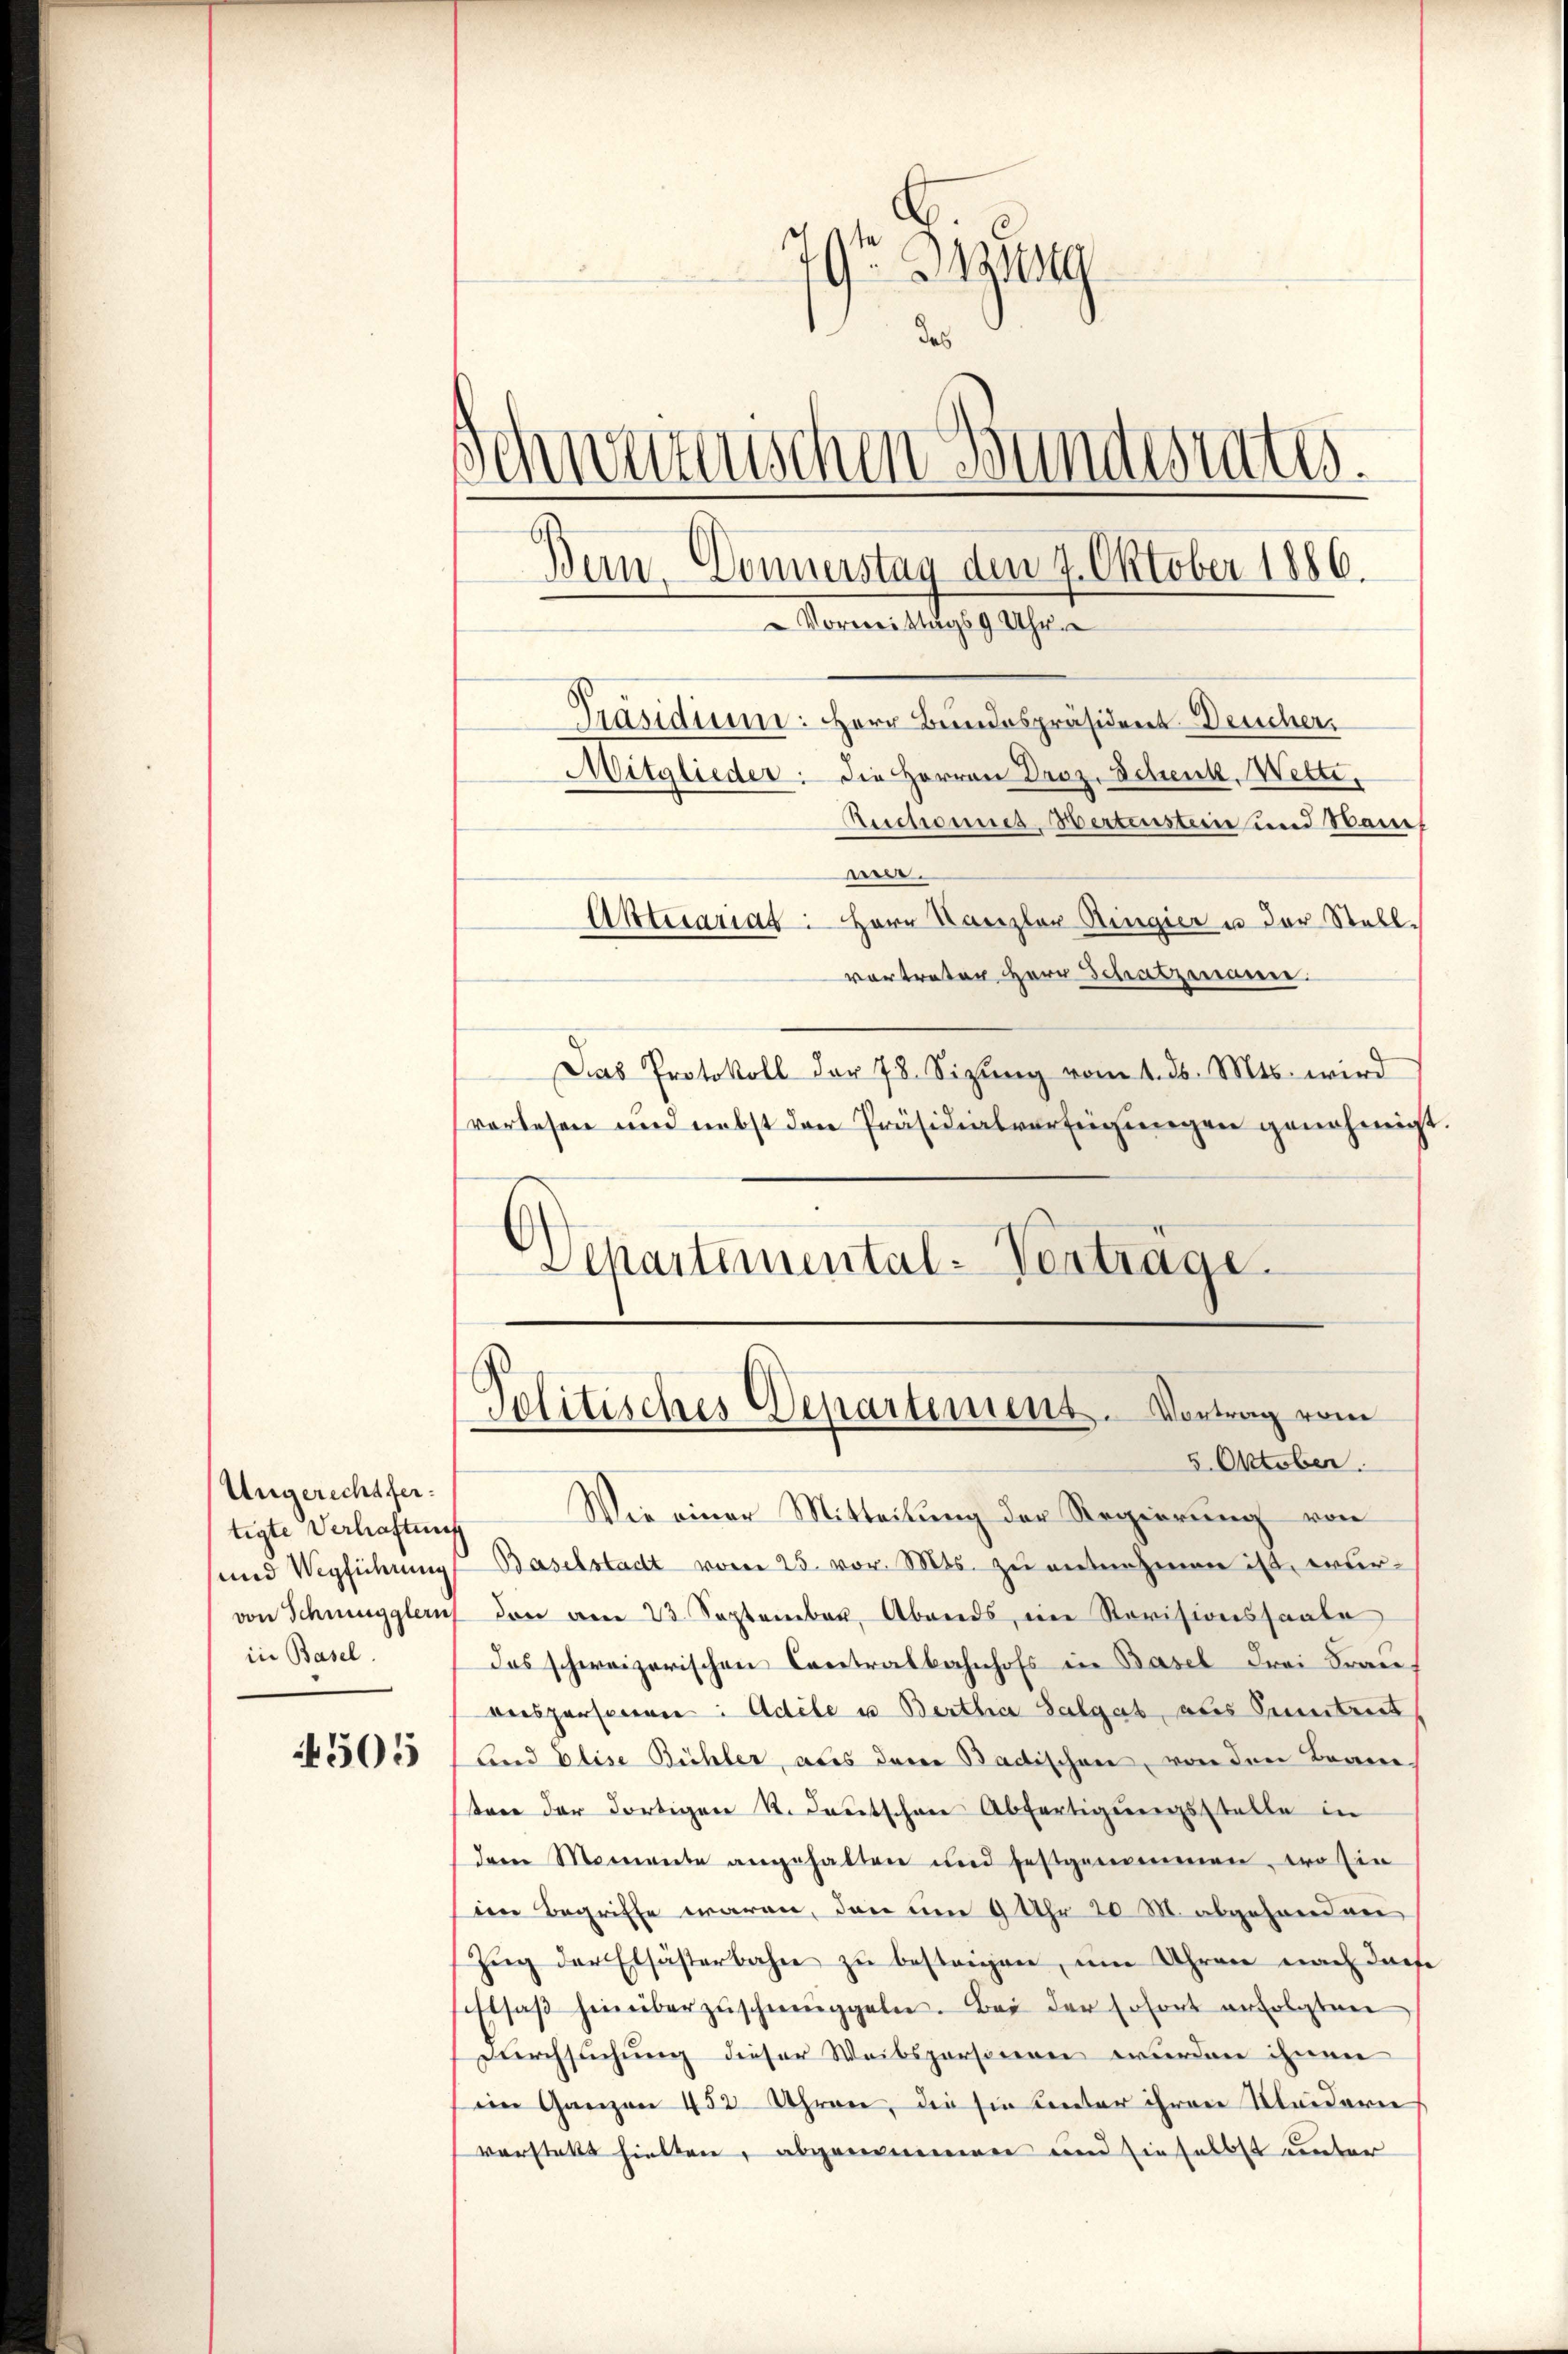
Ungerechtfertigte Verhaftung
und Wegführung
von Schnugglernt
in Basel.

4505

19t Jassen
das
Schwerzenschen Bundesrates.
Präsidium: Herr Bundespräsident Deucher,
Mitglieder: die Herren Droz. Schenk, Wette.
Aeschonnes Hertenstein und Stanwer.
Aktesariat: Herr Kanzler Ringier u der Stellvortreten Herr Schatzmann.
Das Protokoll der 78. Sizŭng vom 1. ds. Mts. wird
vorlesen und nebst den Präsidialverfeigungen genehmigt.

Departemental-Vertrage.

Bern. Donnerstag den 7. Oktober 1886.
Vormittags 9 Uhr

Politisches Departement. Vortrag vom

5. Oktober.
Wie einer Mitteilung der Regierung von
Baselstadt vom 25. vor. Mts. zu entnehmen ist, erden am 23. September, Abends, im Revisionssaale
das schweizerischen Centralbahnhofs in Basel drei Frauanspersonen: Adele u Bertha Salgab, aus Seitet,
und Elise Büchler, aus derer Badischen, von den Barere
tare der dortigen R. Deutschen Abfertigungsstelle in
dem Momente angehalten und festgenommen, wo sin
im Begriffe waren, den um 9 Uhr 20 M. abgehoerden
Zug der Elsästerbahn zu bestrigen, um Uhren nach diese
siftsaβ hinüberzŭschmuggeln. Bei der Erfort erfolgten
Durchsuchung dieser Weibspersonen wurden ihnen
eim Ganzen 452 Uhren, die sie unter ihren Kleidern
vorstellt hielten, abgenommen und dieselbst unter